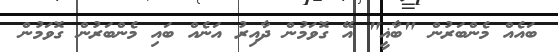
ބައެއް މެންބަރުން "ބާޣީ" އޭ ގޮވަމުން ދާއިރު އަނެއް ބައި މެންބަރުން ގޮވަމުން